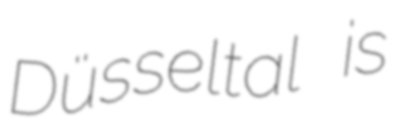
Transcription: Düsseltal is